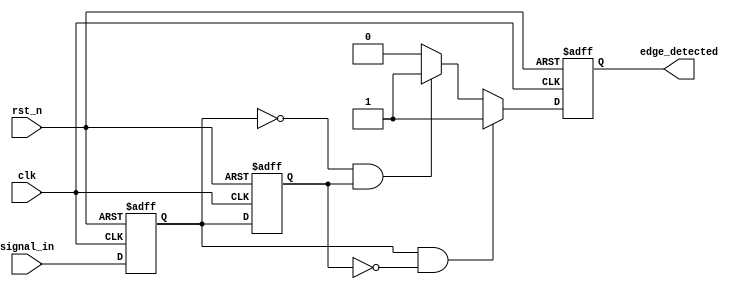
module glitch_free_edge_detector (
    input wire clk,          // Clock signal
    input wire rst_n,       // Active low reset
    input wire signal_in,    // Input signal to detect edges
    output reg edge_detected  // Output signal indicating edge detection
);

    // Memory blocks to hold the current and previous states of the input signal
    reg signal_current;      // Current state of the input signal
    reg signal_previous;     // Previous state of the input signal

    // Sequential logic to update memory blocks
    always @(posedge clk or negedge rst_n) begin
        if (!rst_n) begin
            signal_current <= 1'b0;
            signal_previous <= 1'b0;
            edge_detected <= 1'b0;
        end else begin
            // Update previous state to current state
            signal_previous <= signal_current;
            // Update current state to the input signal
            signal_current <= signal_in;

            // Edge detection logic
            if (signal_current && !signal_previous) begin
                edge_detected <= 1'b1; // Rising edge detected
            end else if (!signal_current && signal_previous) begin
                edge_detected <= 1'b1; // Falling edge detected
            end else begin
                edge_detected <= 1'b0; // No edge detected
            end
        end
    end

endmodule